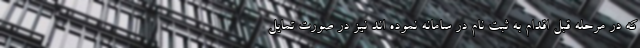
که در مرحله قبل اقدام به ثبت نام در سامانه نموده اند نیز در صورت تمایل